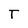
Character: T